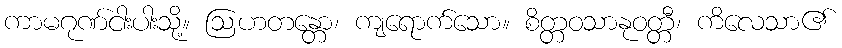
ကာမဂုဏ်ငါးပါးသို့။ ဩဟတန္တော၊ ကျရောက်သော။ စိတ္တဝသာနုဝတ္တီ၊ ကိလေသာ၏